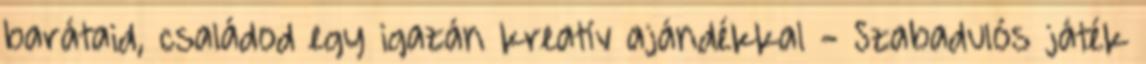
barátaid, családod egy igazán kreatív ajándékkal - Szabadulós játék